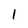
Character: 1